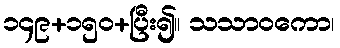
၁၄၉+၁၅၀+ပြီး၍။ သသာဝကော၊